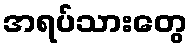
အရပ်သားတွေ